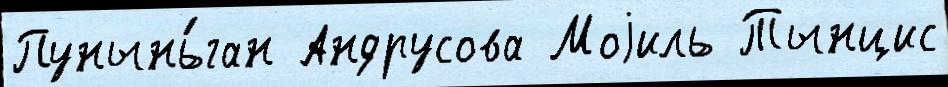
Пунынь́ган Андрусова Моjиль Тынцис